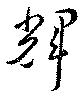
輝